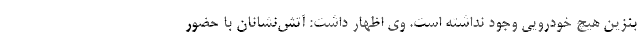
بنزین هیچ خودرویی وجود نداشته است. وی اظهار داشت: آتش‌نشانان با حضور